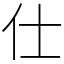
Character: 仕